Bréfritari: Soffía Daníelsdóttir
Viðtakandi: Jakobína Magnúsdóttir og Daníel Halldórsson
Dagsetning: A-1901-04-30
Skrifað á: Skeggjastöðum  N-Múl.
Soffía var dóttir Jakobínu og Daníels

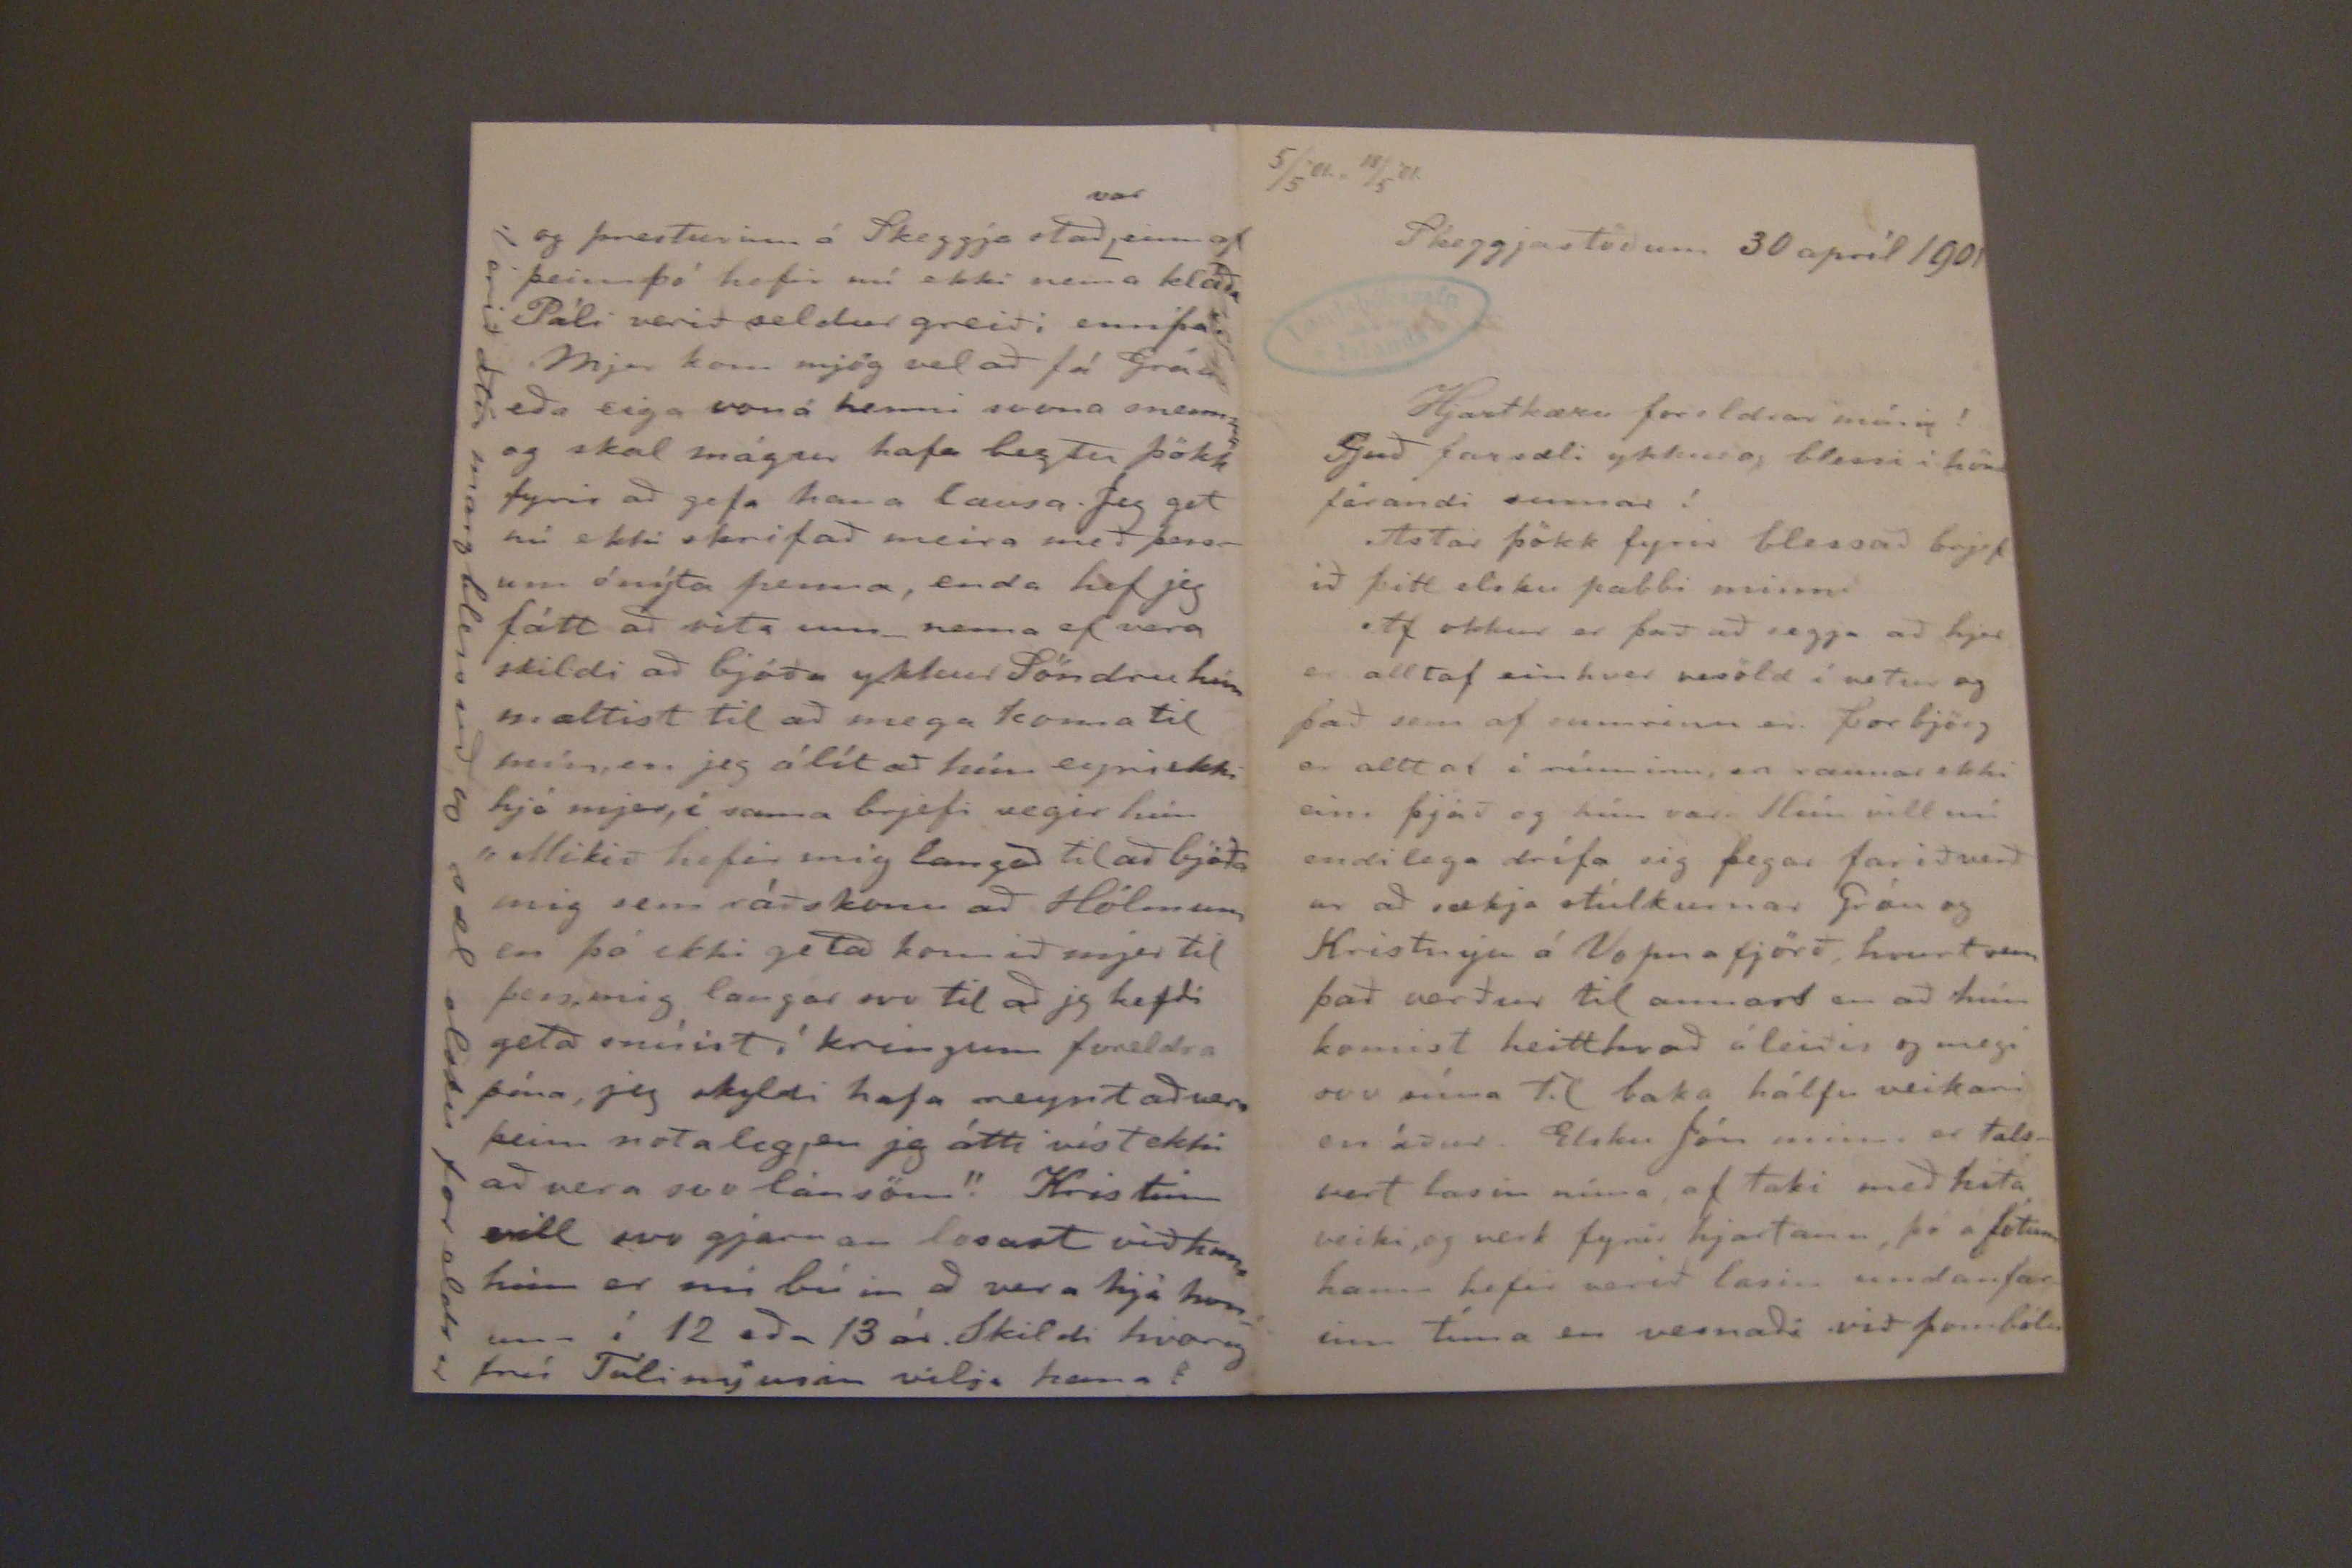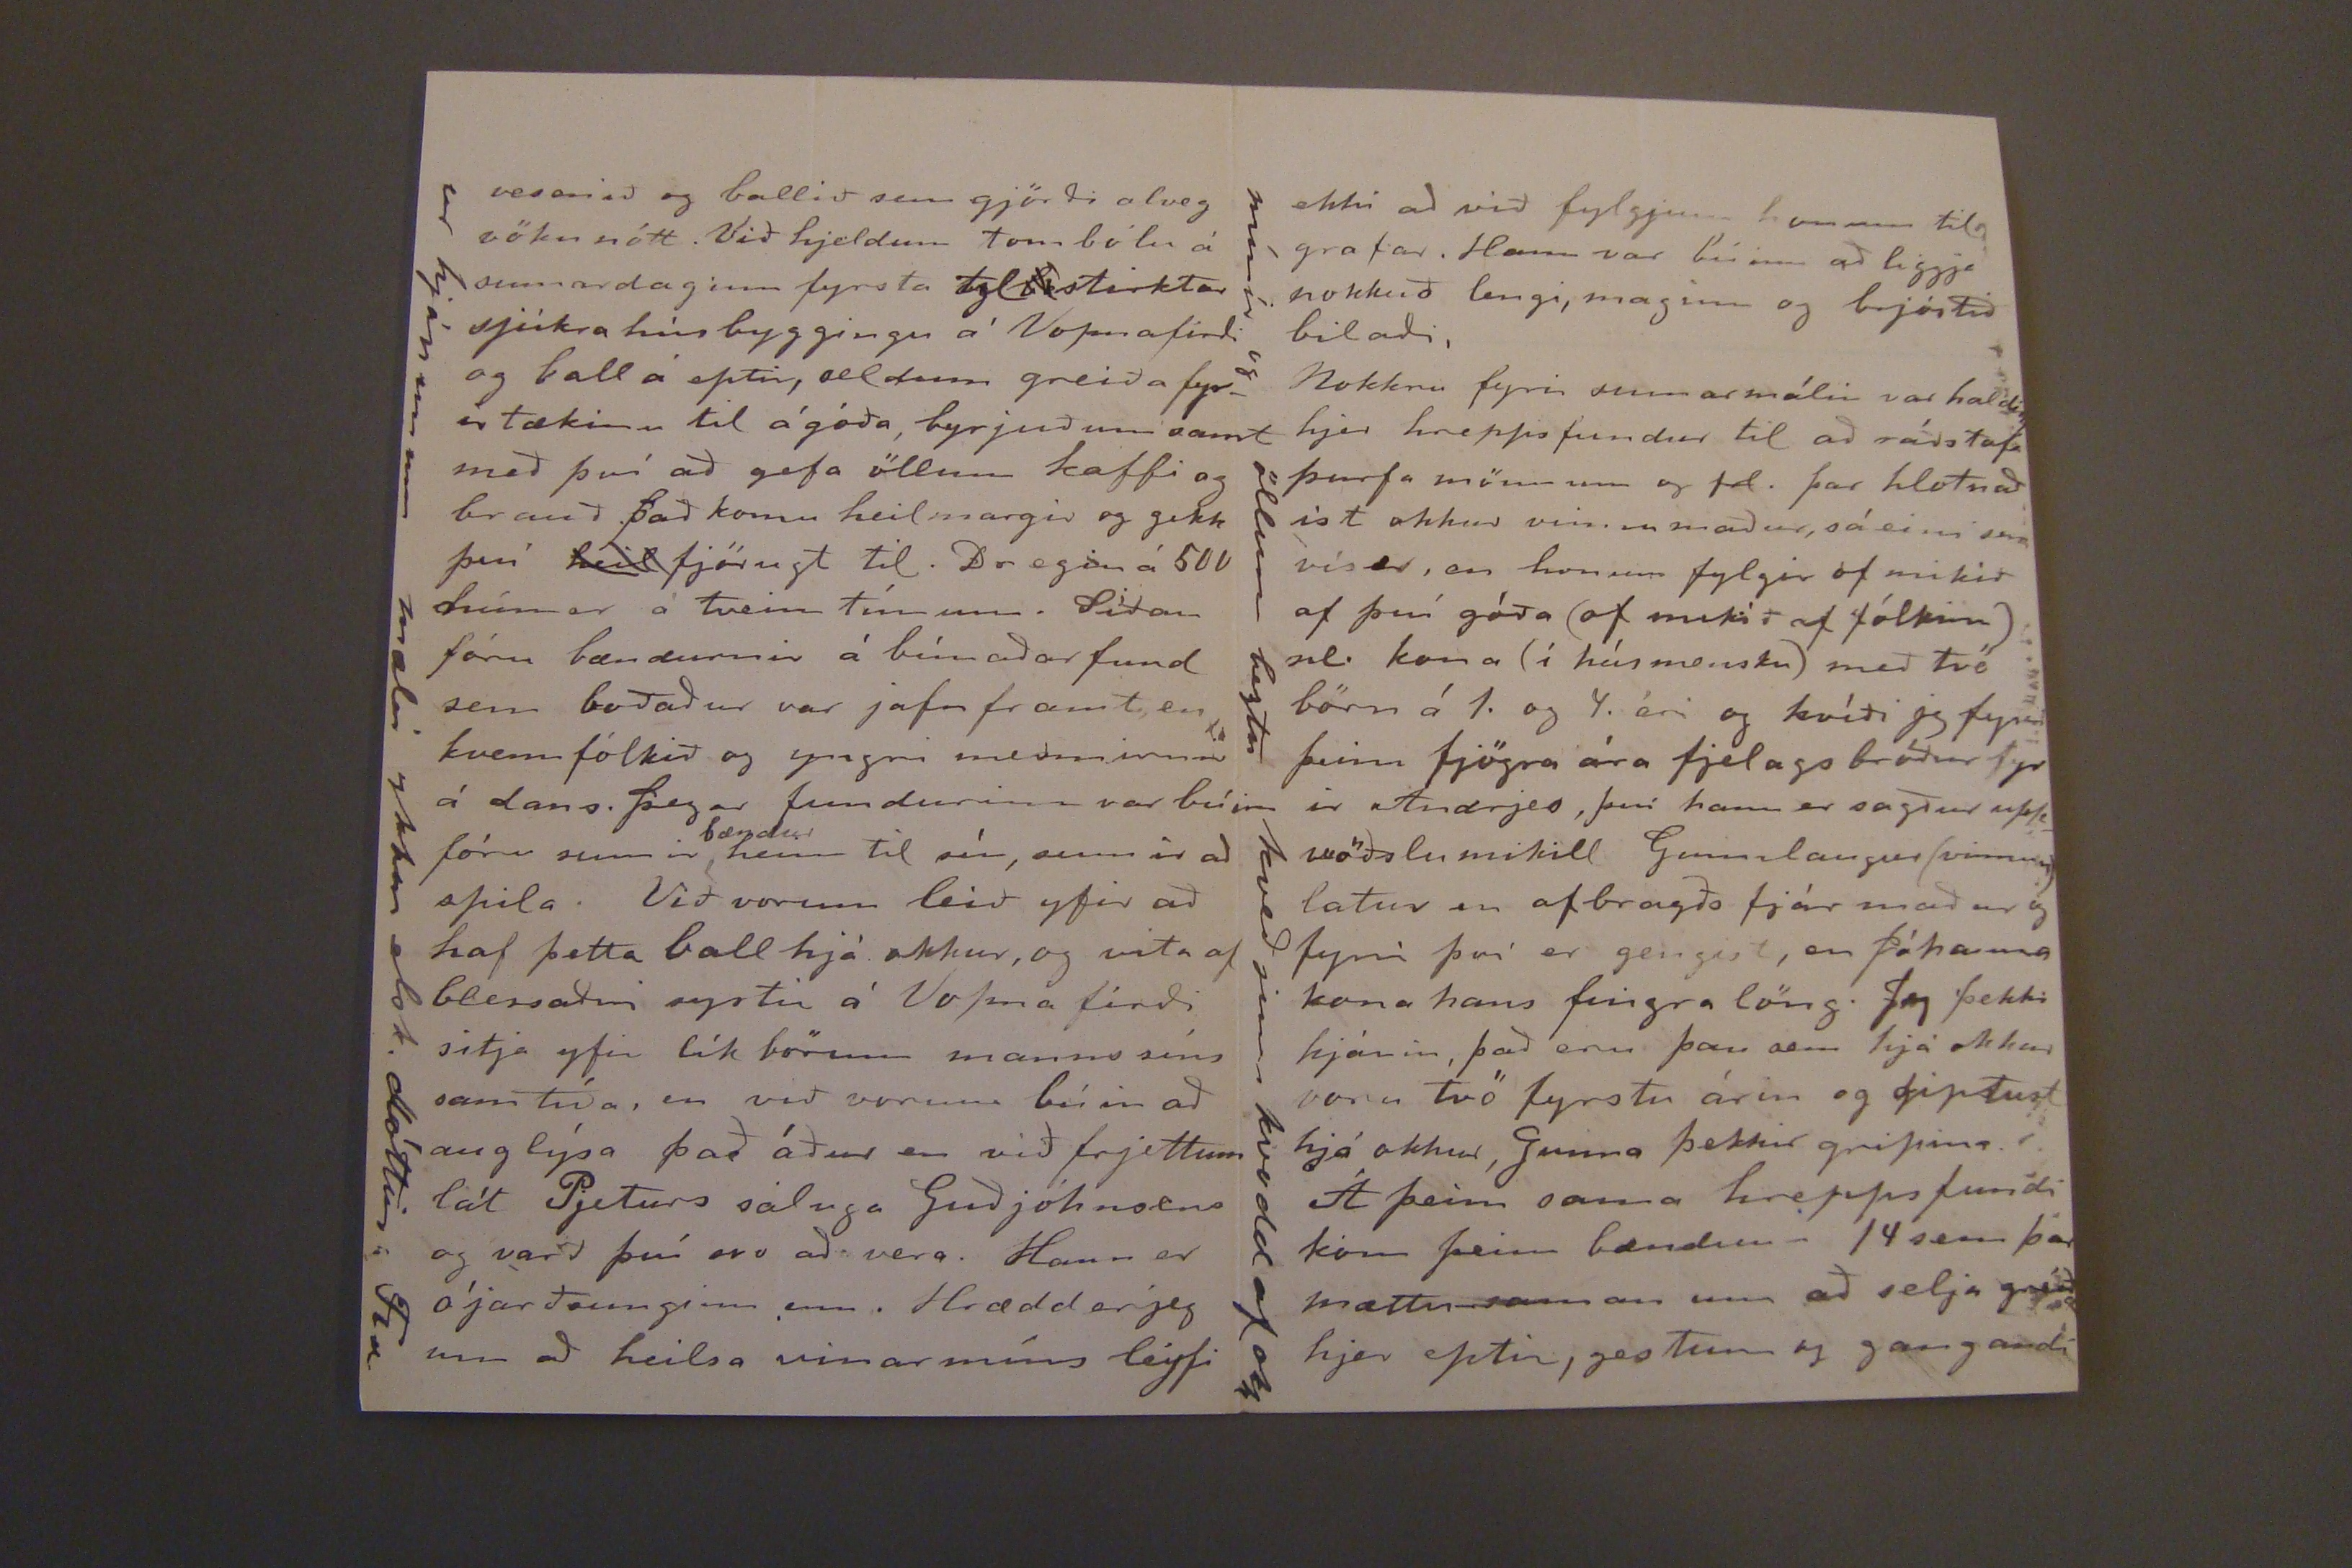

5/5'01.r 18/5'01
Skeggjastöðum 30 apríl 1901
Hjartkæru foreldrar mínir!
Guð farsæli ykkur og blessi i hönd fárandi sumar!
Astar þökk fyrir blessað brjef ið þitt elsku pabbi minn.
Af okkur er það að segja að hjer er alltaf einhver vesöld í vetur og það sem af sumrinu er. þorbjörg er alltaf í rúminu, en raunar ekki eins þjáð og hún var. Hún vill nú endilega drífa sig þegar farið verð ur að sækja stúlkurnar Gróu og Kristnýu á Vopnafjörð, hvurt sem það verður til anars en að hún komist heitthvað áleiðis og megi svo
snúa
til baka háflu veikari en áður. Elsku Jón minn er talsvert lasin núna af taki með hita veiki, og verk fyrir hjartanu, þó á fótum hann hefir verið lasin undanfarinn tíma en versnaði við
farabólu
vesenið og ballið sem gjörði alveg vöku nótt. Við hjeldum tombólu á sumardaginn fyrsta til stirktar sjúkra hús byggingu á Vopnafirði og ball á eptir, seldum greiða fyrir tækinu til á góða, byrjuðum samt með því að gefa öllum kaffi og brauð það komu heilmargir og gekk því
heil
fjörugt til. Dregin á 500
drúnir
á tveim tímum. Síðan fóru bændurnir á búnaðarfund sem boðaður var jafnframt en kvennfólkið og yngri mennirnir á dans. þegar fundurinn var búinn fóru sumir
bændur
heim til sín, sumir að spila. Við vorum leið yfir að haf þetta ball hjá okkur, og vita af blessaðri systir á Vopna firði sitja yfir lík börum manns síns samtíða, en við vorum búin að auglýsa það áður en við frjettum lát Pjeturs sáluga Guðjóhnsens og varð því svo að vera. Hann er ójarðsunginn enn. Hrædd er jeg um að heilsa vinar míns leyfi
ur hjónunum mælir ykkar elsk. dóttir Fia
og presturinn á Skeggja stað
var
einn af þeim þó hefir nú ekki nema kláða Páli verið seldur greiði ennþá.
Mer kom mjög vel að fá Gróu eða eiga von á henni svona snemma og skal mágur hafa beztu þökk fyrir að gefa hana lausa. Jeg get nú ekki skrifað meira með þessum ónýta penna, enda hef jeg fátt að vita um nema ef vera skildi að bjóða ykkur Söndru hun mættist til að mega koma til mín, en jeg álít að hún egri ekki hjá mjer, í sama brjefi segir hún "Mikið hefir mig langað til að bjóða mig sem ráðskonu að Hólmum en þó ekki getað komið að mjer til þess, mig langar svo til að jeg hefði geta snúist í kringum foreldra þína, jeg skyldi hafa reynt að vera þeim notaleg, en jeg átti víst ekki að vera svo lánsöm.! Kristinn vill svo gjarnan losast við hana hún er nú búin að vera hjá honum í 12 eða 13 ár. Skildi hvorug frú Túlinýusar vilja hana.
Verið ætíð marg blessuð og sæl elsku foreldrar
ekki að við fylgjum honum til grafa. Hann var búinn að liggja nokkuð lengi, maginn og bróstið bilaði,
Nokkru fyrir sumarmálin var hadið hjer hreppsfundur til að ráðstafa þurfa mönnum og td. þar hlotnaðist okkur vinnumaður, sá einn sem vís er, en honum fylgir of mikið af því góða (of mikið af fólkinu) nl. koma (í húsmensku) með tvö börn á 1. og 4. ári og kvíði jeg fyr ir Andrjes, því hann er sagður upp vöðslu mikill Gunnlaugur (vinnum) latur en afbragða fjár maður og fyrir því er gengist, en Jóhanna kona hans fingra löng. Jeg þekki hjónin, það eru þau sem hjá okkur voru tvö fyrstu árin og giptust hjá okkur, Gunna þekkir gripina.
Á þeim sama hreppsfundi kom þeim bændum 14 sem þar mættu saman um að selja
greiða
hjer eptir, gestum og gangandi
mínir og öllum beztu kveðjum kvodd af okk